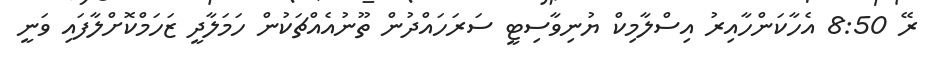
ރޭ 8:50 އެހާކަންހާއިރު އިސްލާމިކް ޔުނިވާސިޓީ ސަރަހައްދުން ތޫނުއެއްޗަކުން ހަމަލާދީ ޒަހަމްކޮށްލާފައި ވަނީ